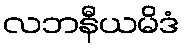
လဘနီယမိဒံ